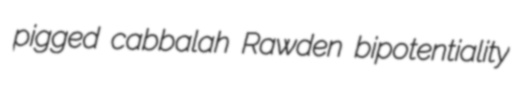
pigged cabbalah Rawden bipotentiality